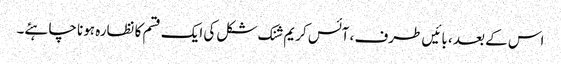
اس کے بعد ، بائیں طرف ، آئس کریم شنک شکل کی ایک قسم کا نظارہ ہونا چاہئے۔